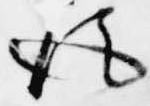
後